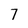
Character: 7